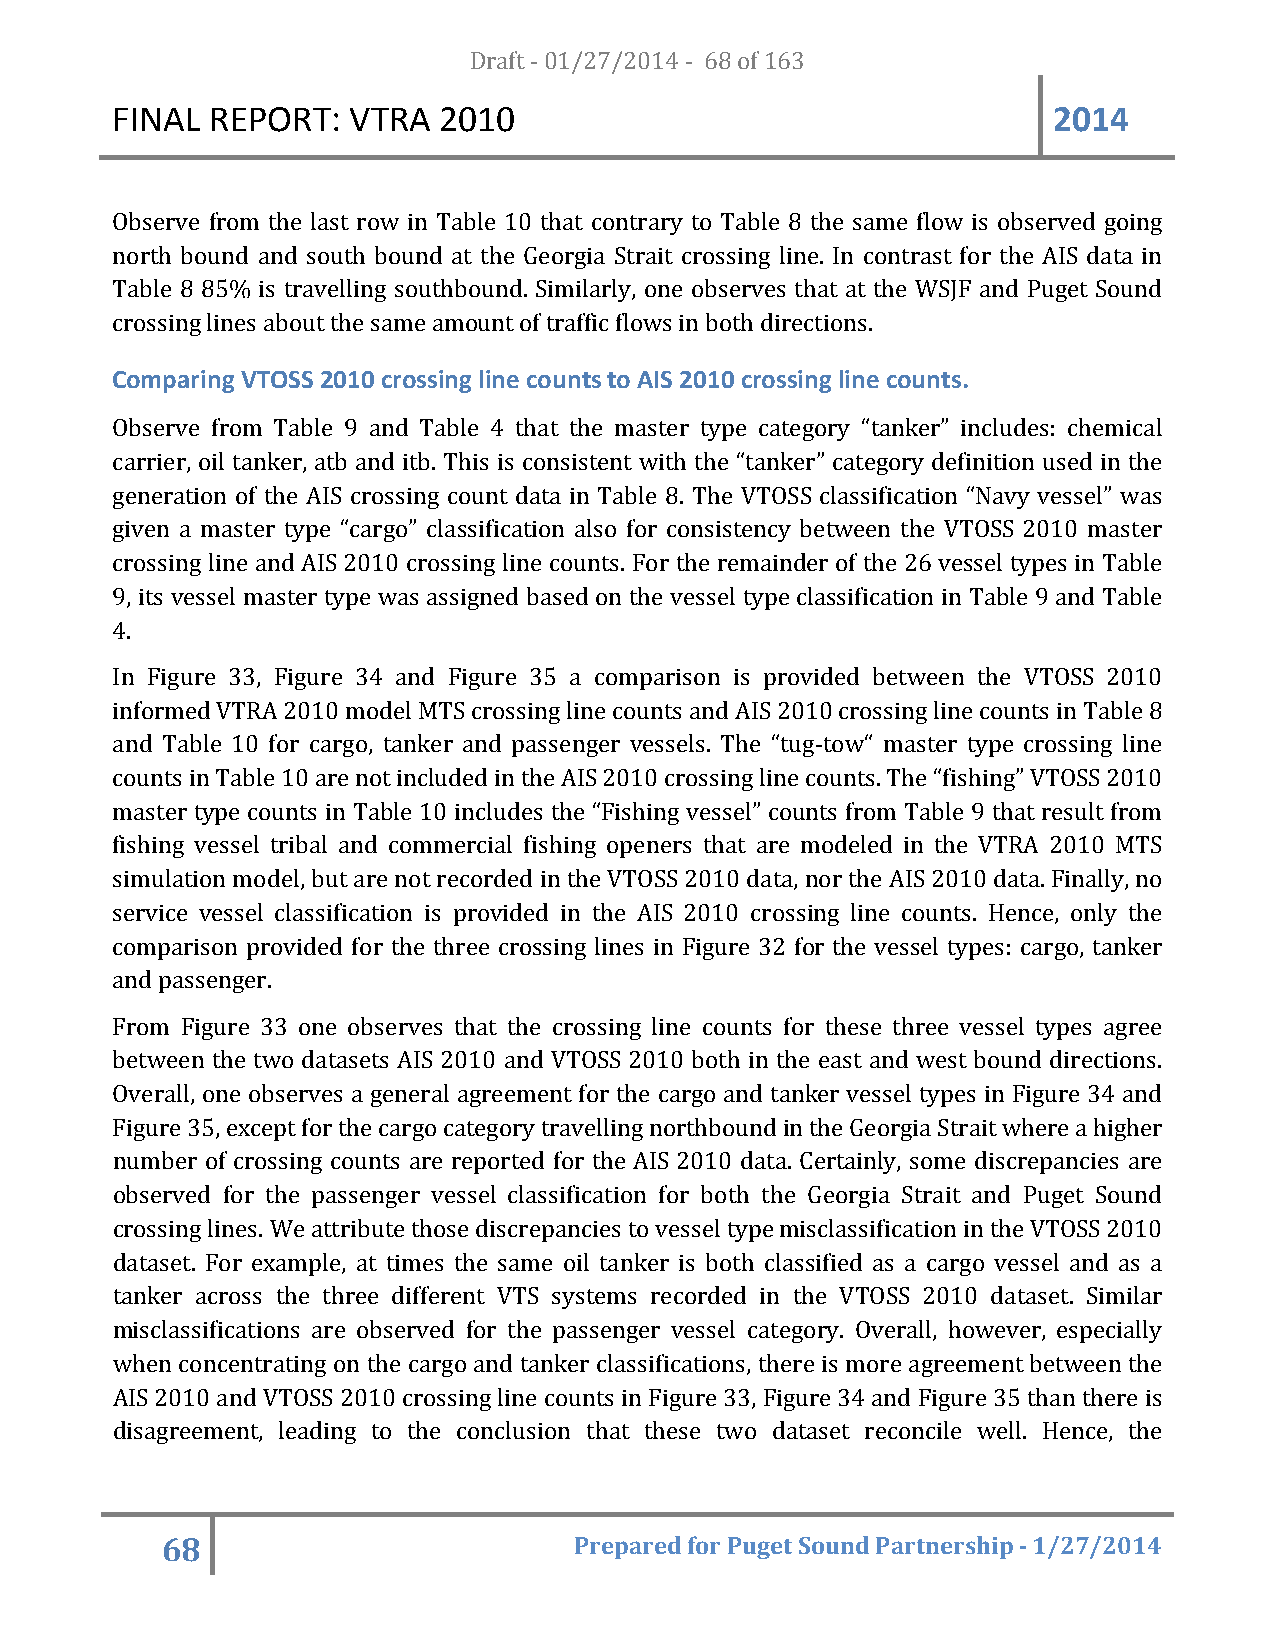
FINAL  REPORT:  VTRA  20D1r0af t - 01/27/2014 - 68 of 163      2014
 Observe from the last row in Table 10 that contrary to Table 8 the same flow is observed going
 north bound and south bound at the Georgia Strait crossing line. In contrast for the AIS data in
 Table 8 85% is travelling southbound. Similarly, one observes that at the WSJF and Puget Sound
 crossing lines about the same amount of traffic flows in both directions.
 Comparing VTOSS 2010 crossing line counts to AIS 2010 crossing line counts.
 Observe from Table 9 and Table 4 that the master type category “tanker” includes: chemical
 carrier, oil tanker, atb and itb. This is consistent with the “tanker” category definition used in the
 generation of the AIS crossing count data in Table 8. The VTOSS classification “Navy vessel” was
 given a master type “cargo” classification also for consistency between the VTOSS 2010 master
 crossing line and AIS 2010 crossing line counts. For the remainder of the 26 vessel types in Table
 9, its vessel master type was assigned based on the vessel type classification in Table 9 and Table
 4.
 In Figure 33, Figure 34 and Figure 35 a comparison is provided between the VTOSS 2010
 informed VTRA 2010 model MTS crossing line counts and AIS 2010 crossing line counts in Table 8
 and Table 10 for cargo, tanker and passenger vessels. The “tug-tow“ master type crossing line
 counts in Table 10 are not included in the AIS 2010 crossing line counts. The “fishing” VTOSS 2010
 master type counts in Table 10 includes the “Fishing vessel” counts from Table 9 that result from
 fishing vessel tribal and commercial fishing openers that are modeled in the VTRA 2010 MTS
 simulation model, but are not recorded in the VTOSS 2010 data, nor the AIS 2010 data. Finally, no
 service vessel classification is provided in the AIS 2010 crossing line counts. Hence, only the
 comparison provided for the three crossing lines in Figure 32 for the vessel types: cargo, tanker
 and passenger.
 From Figure 33 one observes that the crossing line counts for these three vessel types agree
 between the two datasets AIS 2010 and VTOSS 2010 both in the east and west bound directions.
 Overall, one observes a general agreement for the cargo and tanker vessel types in Figure 34 and
 Figure 35, except for the cargo category travelling northbound in the Georgia Strait where a higher
 number of crossing counts are reported for the AIS 2010 data. Certainly, some discrepancies are
 observed for the passenger vessel classification for both the Georgia Strait and Puget Sound
 crossing lines. We attribute those discrepancies to vessel type misclassification in the VTOSS 2010
 dataset. For example, at times the same oil tanker is both classified as a cargo vessel and as a
 tanker across the three different VTS systems recorded in the VTOSS 2010 dataset. Similar
 misclassifications are observed for the passenger vessel category. Overall, however, especially
 when concentrating on the cargo and tanker classifications, there is more agreement between the
 AIS 2010 and VTOSS 2010 crossing line counts in Figure 33, Figure 34 and Figure 35 than there is
 disagreement, leading to the conclusion that these two dataset reconcile well. Hence, the
 68                         Prepared for Puget Sound Partnership - 1/27/2014